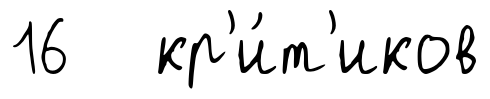
16 кр'и́т'иков